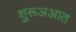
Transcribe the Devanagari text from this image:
शुरूअआत